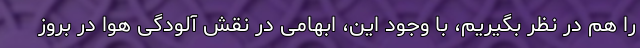
را هم در نظر بگیریم، با وجود این، ابهامی در نقش آلودگی هوا در بروز